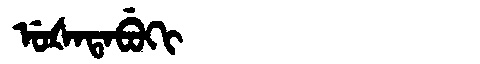
Manchu: ᡠᡧᠠᡨᠠᠪᡠᡴᡳ
Romanization: UŠATABUKI